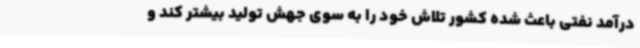
درآمد نفتی باعث شده کشور تلاش خود را به سوی جهش تولید بیشتر کند و